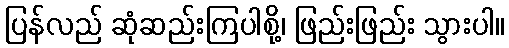
ပြန်လည် ဆုံဆည်းကြပါစို့၊ ဖြည်းဖြည်း သွားပါ။